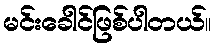
မင်းခေါင်ဖြစ်ပါတယ်။